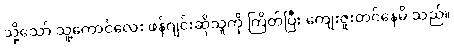
သို့သော် သူ့ကောင်လေး ဖန်ဂျင်းဆိုသူကို ကြိတ်ပြီး ကျေးဇူးတင်နေမိ သည်။